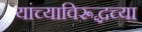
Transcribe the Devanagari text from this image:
यांच्याविरूद्धच्या